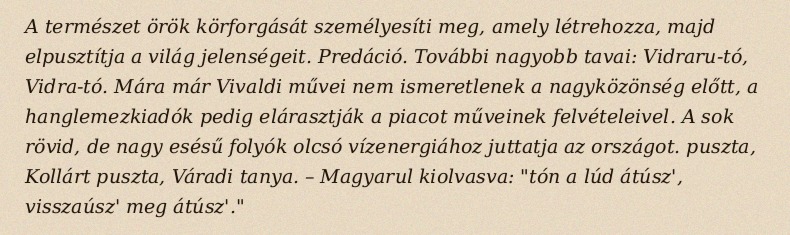
A természet örök körforgását személyesíti meg, amely létrehozza, majd elpusztítja a világ jelenségeit. Predáció. További nagyobb tavai: Vidraru-tó, Vidra-tó. Mára már Vivaldi művei nem ismeretlenek a nagyközönség előtt, a hanglemezkiadók pedig elárasztják a piacot műveinek felvételeivel. A sok rövid, de nagy esésű folyók olcsó vízenergiához juttatja az országot. puszta, Kollárt puszta, Váradi tanya. – Magyarul kiolvasva: "tón a lúd átúsz', visszaúsz' meg átúsz'."